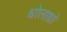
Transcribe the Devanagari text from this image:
धोलाध्रो